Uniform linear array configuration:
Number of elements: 64
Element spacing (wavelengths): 0.75
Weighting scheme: blackman
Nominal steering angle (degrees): -60
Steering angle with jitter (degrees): -61.973
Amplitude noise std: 0.05
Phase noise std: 0.05

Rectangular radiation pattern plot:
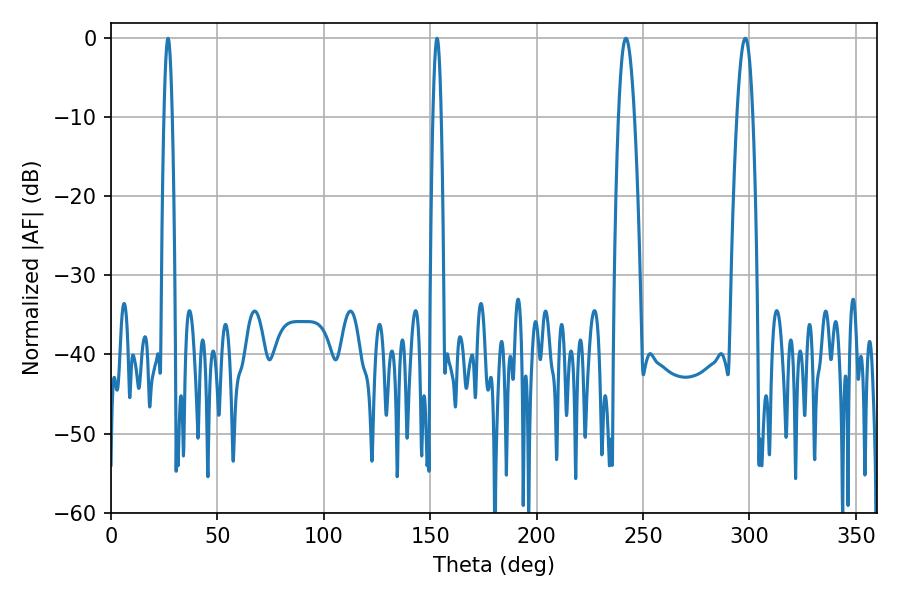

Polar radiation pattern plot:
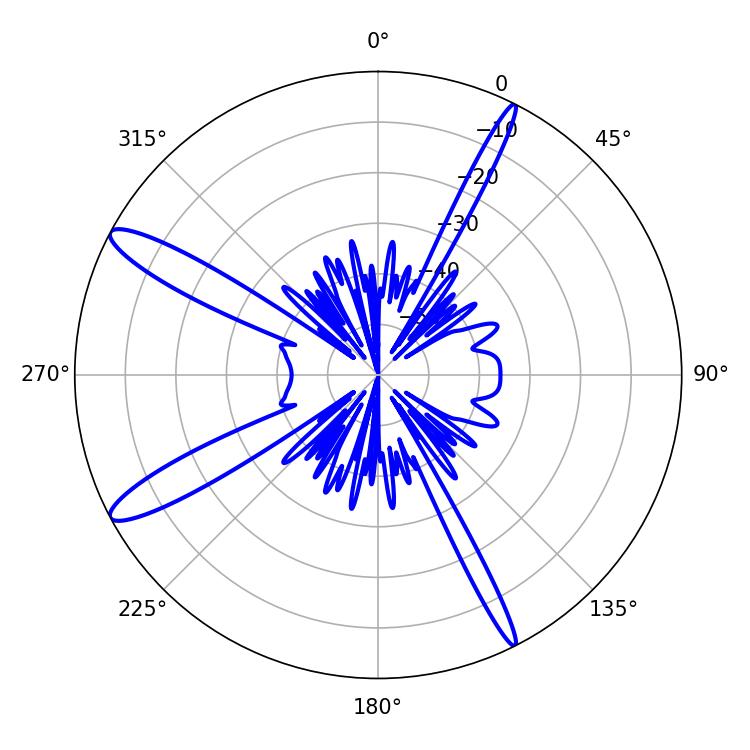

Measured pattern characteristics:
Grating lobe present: TRUE
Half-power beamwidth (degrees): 4.14
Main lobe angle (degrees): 241.92